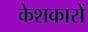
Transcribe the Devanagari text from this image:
केशकारों